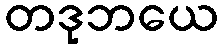
တဒုဘယေ